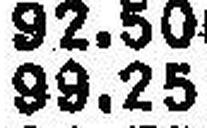
99.25